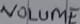
Text: VOLUME